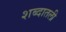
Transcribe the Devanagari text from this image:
शब्दातली